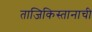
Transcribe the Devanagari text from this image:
ताजिकिस्तानाची